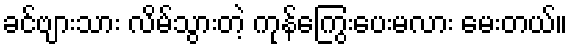
ခင်ဗျားသား လိမ်သွားတဲ့ ကုန်ကြွေးပေးမလား မေးတယ်။